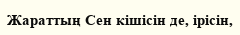
Жараттың Сен кішісін де, ірісін,